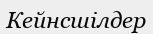
Кейнсшілдер